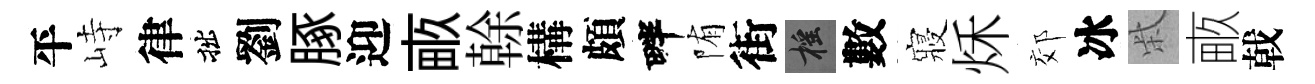
平峙律拙劉䐁迎畞𠏉構頗畔陏街摇數寢秌郊冰柴畞戟